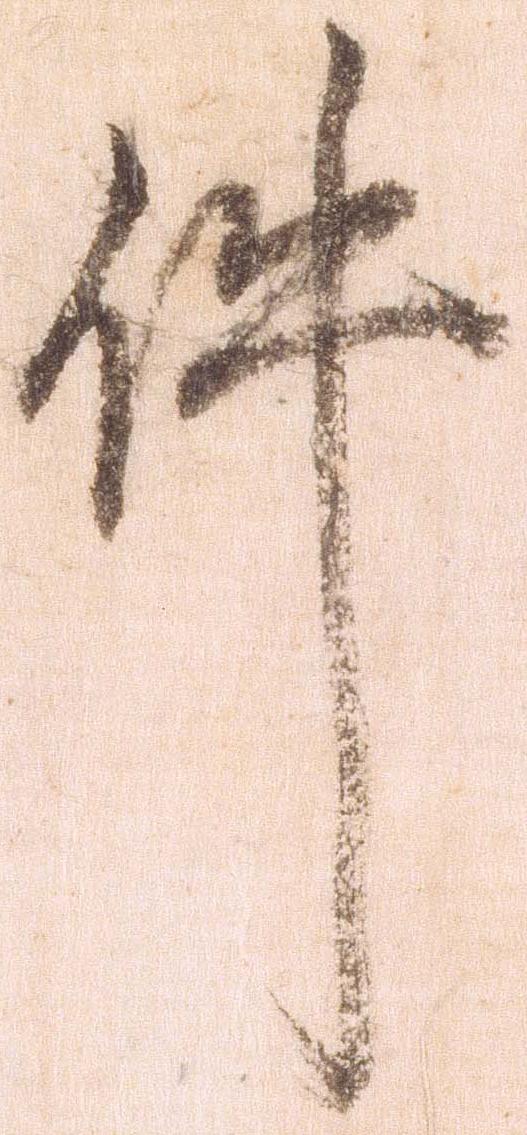
件